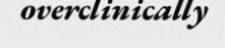
overclinically